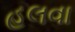
હલવા